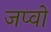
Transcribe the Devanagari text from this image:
जप्वो